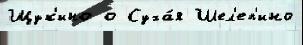
Щук'ино о Суха́я Шел'еп'ино